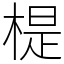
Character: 㮛